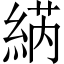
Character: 𱹷